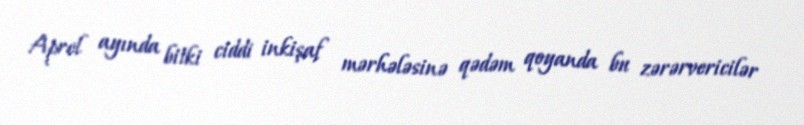
Aprel ayında bitki ciddi inkişaf mərhələsinə qədəm qoyanda bu zərərvericilər